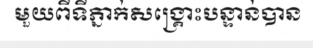
មួយពីទីភ្នាក់សង្គ្រោះបន្ទាន់បាន